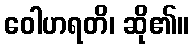
ဝေါဟရတိ၊ ဆို၏။